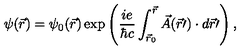
\psi ( \vec { r } ) = \psi _ { 0 } ( \vec { r } ) \exp \left( \frac { i e } { \hbar c } \int _ { { \vec { r } } _ { 0 } } ^ { \vec { r } } \vec { A } ( \vec { r } \prime ) \cdot d \vec { r } \prime \right) ,